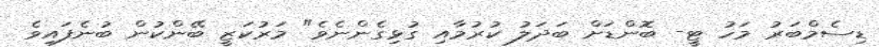
ޑިސެމްބަރު މަހު ޓީ- ބޮންޑަށް ބަދަލު ކުރުމާއި ގުޅިގެންނެވެ" މަރުކަޒީ ބޭންކުން ބުނެފައިވެ